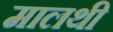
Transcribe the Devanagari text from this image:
मालथी